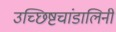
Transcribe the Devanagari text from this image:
उच्छिष्टचांडालिनी